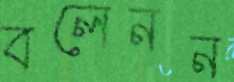
বলেনন